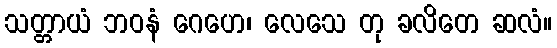
သတ္တာယံ ဘဝနံ ဂေဟေ၊ လေသေ တု ခလိတေ ဆလံ။